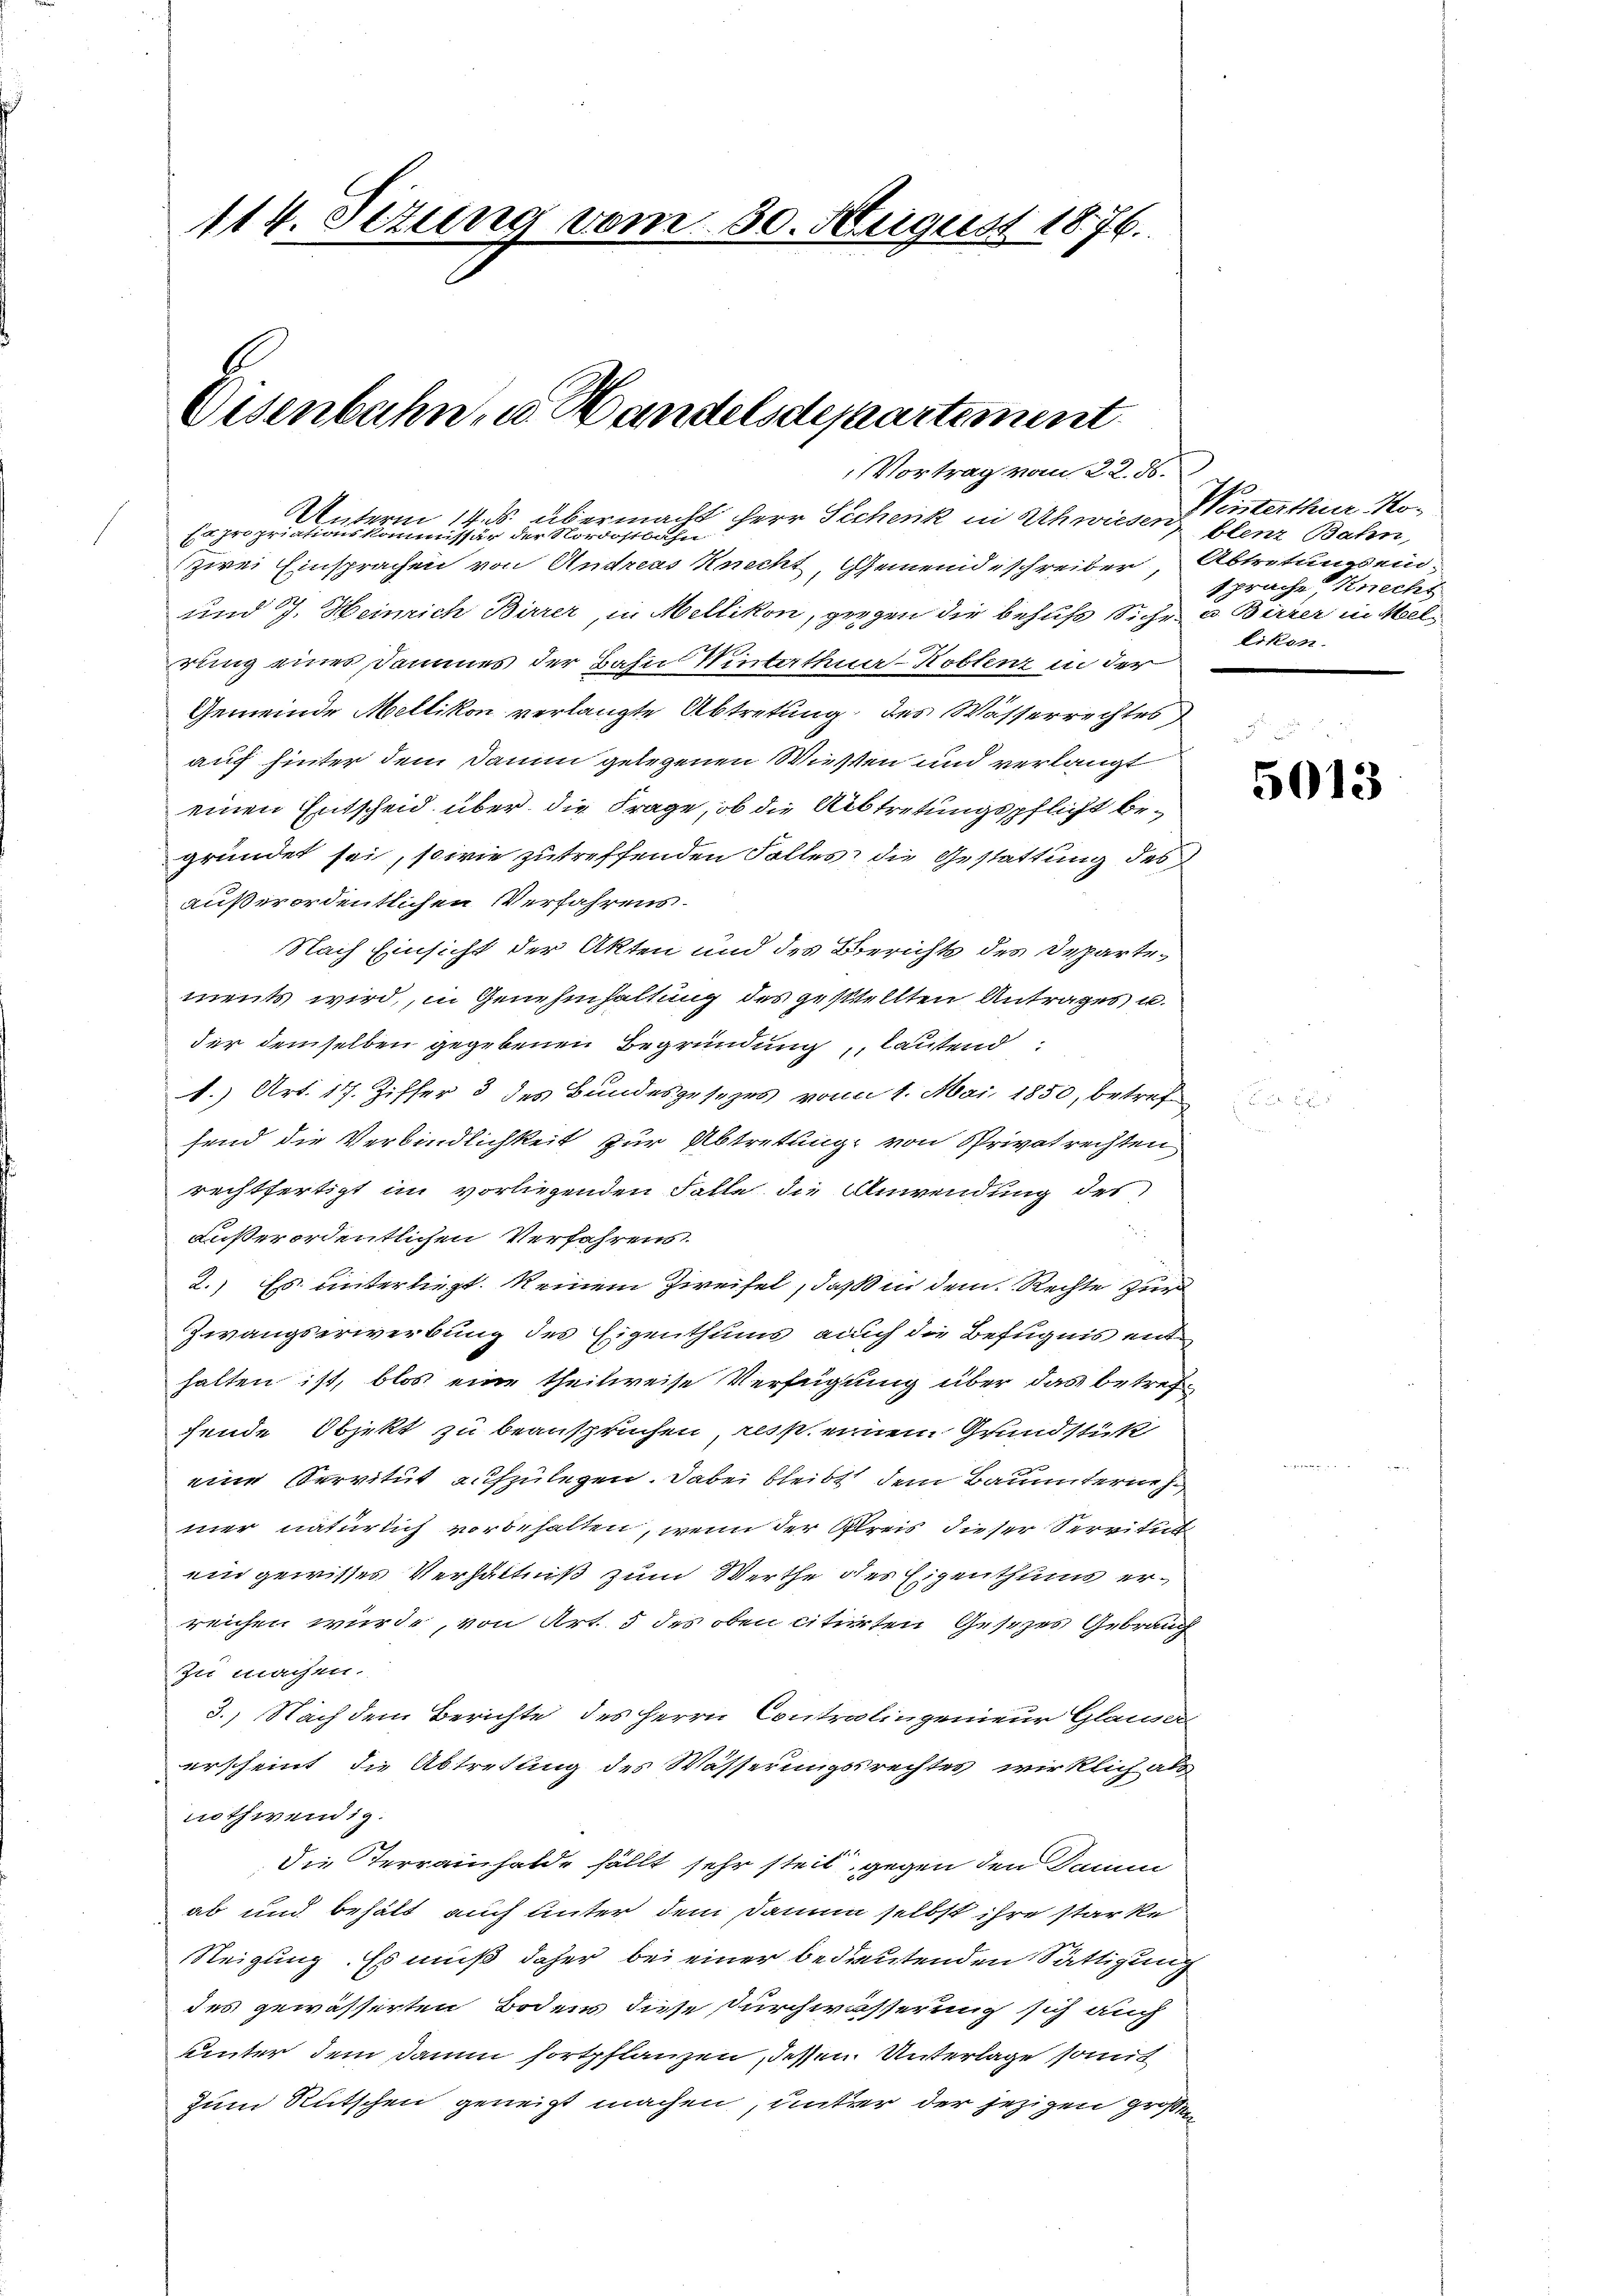
114. Setung vom 30. August 1876.

Eisenbahn, u. Handelsdepartement
Vortrag vom 22. ds.

UUnterm 14. ds. übermacht herr Sichenk in Schwiesen blenz Bahn,
Expropriationskommissär der Nordostbahn
zwei Einsprachen von Andreas Knecht, Gemeindsschreiber, Abtretung ein¬
und J. Heinrich Birrer, in Mellikon, gegen die behufs Siche u. Birrer in Meelrung eines Dammes der Bahn Winterthur–Koblenz in der
Gemeinde Mellikon verlangte Abtretung des Wasserrechtes
auf hinter dem Damm gelegenen Wiesen und verlangt
einen Entscheid über die Frage, ob die Abtretungspflicht begründet sei, sowie zutreffenden Falles die Gestattung des
außerordentlichen Verfahrens.
Nach Einsicht der Akten und des Berichts des Departements wird, in Genehmhaltung des gestellten Antrages u.
der demselben gegebenen Begründung, lautend
1.) Art. 17. Ziffer 3 des Bundesgesezes vom 1. Mai 1850, betrefsend die Verbindlichkeit zur Abtretung von Privatrechten
rechtfertigt im vorliegenden Falle die Anwendung des
außerordentlichen Verfahrens.
2.) Es unterliegt. Keinem Zweifel, daß in dem Rechte zur
Zwangserwerbung des Eigenthums auch die Befugnis ent
halten ist, blos eine theilweise Verfügung über das betref
fende Objekt zu beanspruchen, resp. einem Grundstük
eine Servitut aufzulegen. Dabei bleibt dem Bauunterneh
mer natürlich vorbehalten, wenn der Preis dieser Servitut
ein gewisses Verhältniß zum Werthe des Eigenthums erreichen wurde, von Art. 5 des oben citirten Gesetzes Gebrauch
zu machen.
3.) Nach dem Berichte des Herrn Contralingenieur Glan
erscheint, die Abtretung des Wässerungsrechtes wirklich als
nothwendig.
Die Terrainhalde fällt sehr steil, gegen den Jamm
ab und behält auch unter dem Damm selbst ihre starke
Steigung. Es muß daher bei einer bedeutenden Sättigung
des gewässerten Bodens diese Durchwässerung sich auch
uunter dem Damm fortpflanzen, dessen Unterlage somit
Zum Rutschen geneigt machen, unter der jezigen großen

Weisterthur Kosprache, Knecht
Eiken.

5013